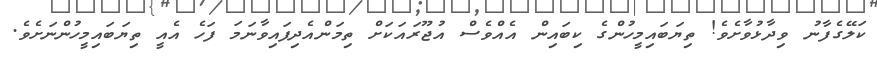
ކަލޭގެފާނު ވިދާޅުވާށެވެ! ތިޔަބައިމީހުންގެ ކިބައިން އެއްވެސް އުޖޫރަައަކަށް ތިމަންއެދިފައިވާނަމަ ފަހެ އެއީ ތިޔަބައިމީހުންނަށެވެ.